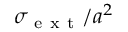
\sigma _ { \mathrm { ~ e ~ x ~ t ~ } } / a ^ { 2 }